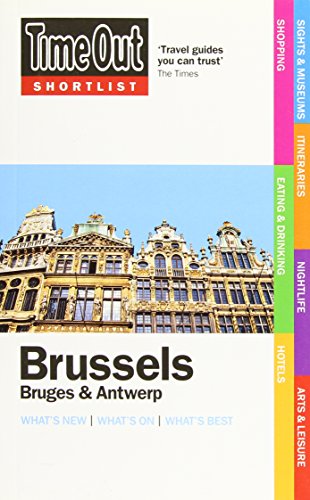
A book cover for Time Out Shortlist Brussels, Bruges and Antwerp; Travel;